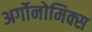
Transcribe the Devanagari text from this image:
अर्गोनोमिक्स